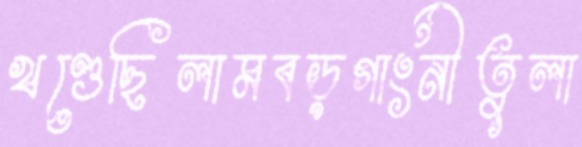
খণ্ডেছিলামবড়গাংনীতুলা